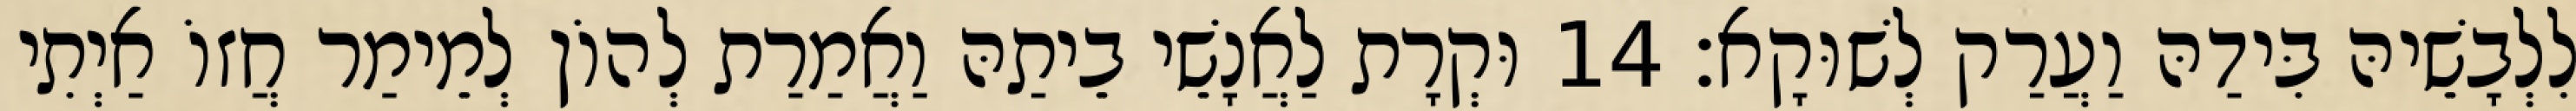
לִלְבָשֵׁיהּ בִּידַהּ וַעֲרַק לְשׁוּקָא׃ 14 וּקְרָת לַאֲנָשֵׁי בֵיתַהּ וַאֲמַרַת לְהוֹן לְמֵימַר חֲזוֹ אַיְתִי